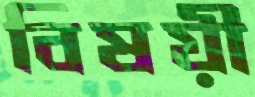
বিষয়ী